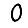
Digit: 0